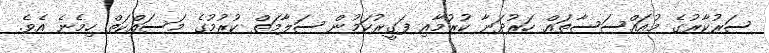
ސަރުކާރުގެ މުއައްސަސާތައް ހަރުދަނާ ކުރުމާއި ފަގީރުކަމުން ސަލާމަތް ކުރުމުގެ މަސައްކަތް ހިމެނެ އެވެ.